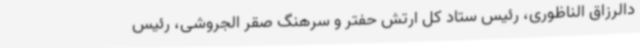
دالرزاق الناظوری، رئیس ستاد کل ارتش حفتر و سرهنگ صقر الجروشی، رئیس